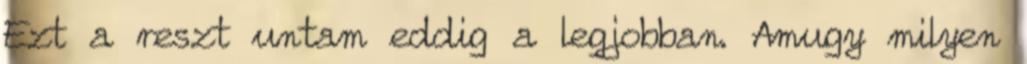
Ezt a reszt untam eddig a legjobban. Amugy milyen